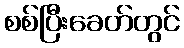
စစ်ပြီးခေတ်တွင်